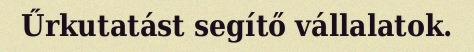
Űrkutatást segítő vállalatok.